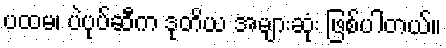
ပထမ၊ ပဲပုပ်ဆီက ဒုတိယ အများဆုံး ဖြစ်ပါတယ်။